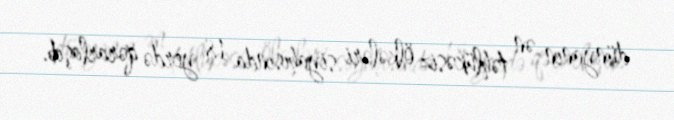
dünyanın ən təhlükəsiz ölkələri siyahısında 18 yerdə qərarlaşıb.